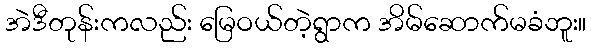
အဲဒီတုန်းကလည်း မြေဝယ်တဲ့ရွာက အိမ်ဆောက်မခံဘူး။